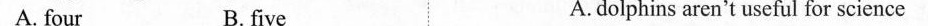
A. four B. five A. dolphins aren't useful for science